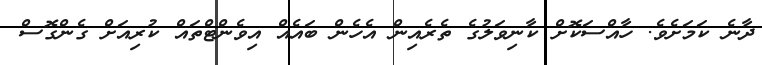
ދާނެ ކަމަށެވެ. ހާއްސަކޮށް ކާނިވަލުގެ ތެރެއިން އެހެން ބައެއް އިވެންޓްތައް ކުރިއަށް ގެންގޮސް